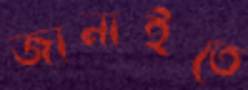
জানাইতে